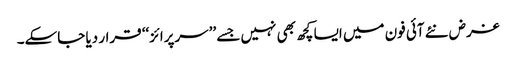
غرض نئے آئی فون میں ایسا کچھ بھی نہیں جسے ’’سرپرائز‘‘ قرار دیا جاسکے۔